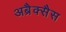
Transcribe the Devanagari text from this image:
अब्रैक्सैस